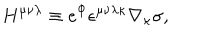
H ^ { \mu \nu \lambda } \equiv e ^ { \Phi } \epsilon ^ { \mu \nu \lambda \kappa } \nabla _ { \kappa } \sigma ,